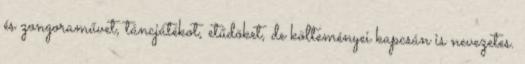
és zongoraművet, táncjátékot, etűdöket, de költeményei kapcsán is nevezetes.